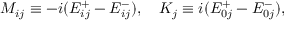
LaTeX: M _ { i j } \equiv - i ( E _ { i j } ^ { + } - E _ { i j } ^ { - } ) , \quad K _ { j } \equiv i ( E _ { 0 j } ^ { + } - E _ { 0 j } ^ { - } ) ,